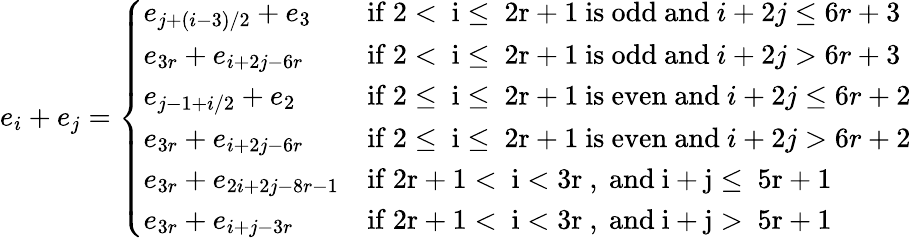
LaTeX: e_{i}+e_{j}=\left\{ \begin{array}{ll}{e_{j+(i-3)/2}+e_{3}}&{\mathrm{if~2<~i\leq~2r+1~is~odd~and~}i+2j\leq 6r+3}\\ {e_{3r}+e_{i+2j-6r}}&{\mathrm{if~2<~i\leq~2r+1~is~odd~and~}i+2j>6r+3}\\ {e_{j-1+i/2}+e_{2}}&{\mathrm{if~2\leq~i\leq~2r+1~is~even~and~}i+2j\leq 6r+2}\\ {e_{3r}+e_{i+2j-6r}}&{\mathrm{if~2\leq~i\leq~2r+1~is~even~and~}i+2j>6r+2}\\ {e_{3r}+e_{2i+2j-8r-1}}&{\mathrm{if~2r+1<~i<3r~,~and~i+j\leq~5r+1~}}\\ {e_{3r}+e_{i+j-3r}}&{\mathrm{if~2r+1<~i<3r~,~and~i+j>~5r+1~}}\end{array}\right.